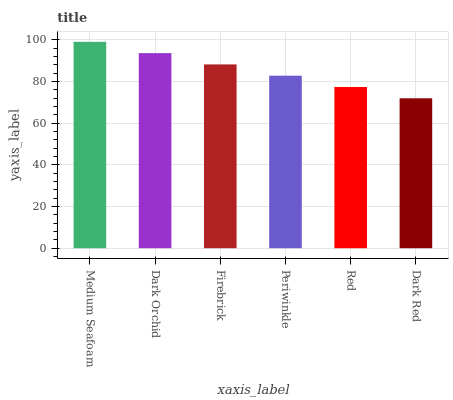
| xaxis_label | bars |
 | --- | --- |
 | Medium Seafoam | 99 |
 | Dark Orchid | 93.6 |
 | Firebrick | 88.2 |
 | Periwinkle | 82.7 |
 | Red | 77.3 |
 | Dark Red | 71.9 |